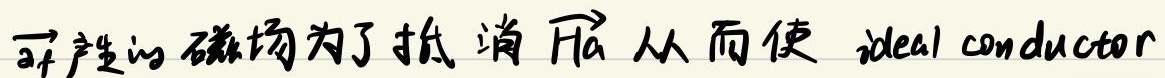
可产生的磁场为了抵消\(\overrightarrow{H_a}\)从而使 ideal conductor